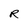
Character: R